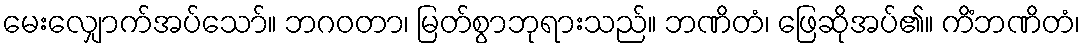
မေးလျှောက်အပ်သော်။ ဘဂဝတာ၊ မြတ်စွာဘုရားသည်။ ဘဏိတံ၊ ဖြေဆိုအပ်၏။ ကိံဘဏိတံ၊